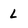
Character: L